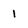
Character: 1